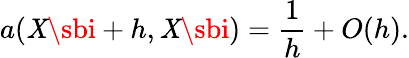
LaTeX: a(\mathit{X}\sbi+h,\mathit{X}\sbi)={\frac{{1}}{{h}}}+O(h).